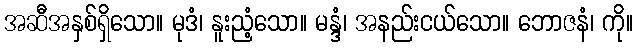
အဆီအနှစ်ရှိသော။ မုဒံ၊ နူးညံ့သော။ မန္ဒံ၊ အနည်းငယ်သော။ ဘောဇနံ၊ ကို။